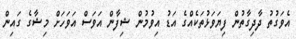
އެވަގުތު ދާދިގާތުން ފިޔަވަޅުތަކެއްގެ އަޑު އިވުމުން ޝިފާން އަވަސް އަވަހަށް މިޝާގެ ގައިން